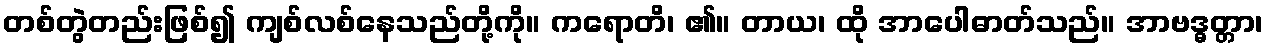
တစ်တွဲတည်းဖြစ်၍ ကျစ်လစ်နေသည်တို့ကို။ ကရောတိ၊ ၏။ တာယ၊ ထို အာပေါဓာတ်သည်။ အာဗဒ္ဓတ္တာ၊